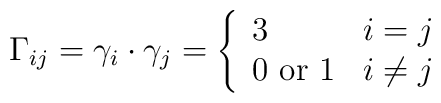
\Gamma_{ij} = \gamma_i \cdot \gamma_j =  \left\{ \begin{array}{ll} 3 & i=j \\ 0 \textrm{ or } 1 & i \ne j \end{array} \right.